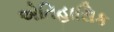
એતિહાસિક